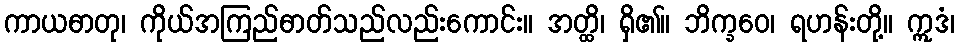
ကာယဓာတု၊ ကိုယ်အကြည်ဓာတ်သည်လည်းကောင်း။ အတ္ထိ၊ ရှိ၏။ ဘိက္ခဝေ၊ ရဟန်းတို့။ ဣဒံ၊